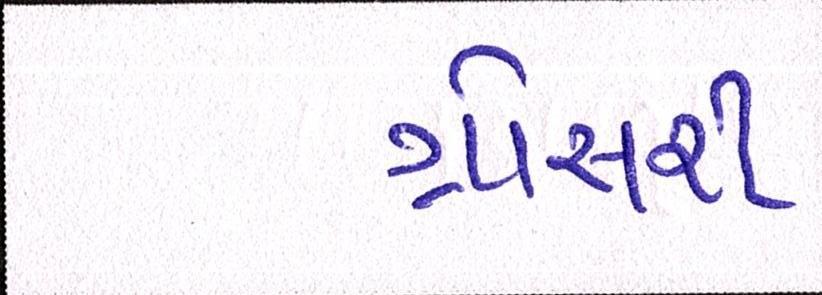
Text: ગ્રોસરી